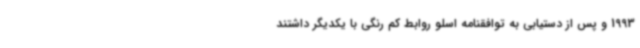
1993 و پس از دستیابی به توافقنامه اسلو روابط کم رنگی با یکدیگر داشتند